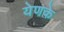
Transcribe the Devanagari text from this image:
येणके